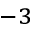
^ { - 3 }